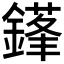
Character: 𨫱